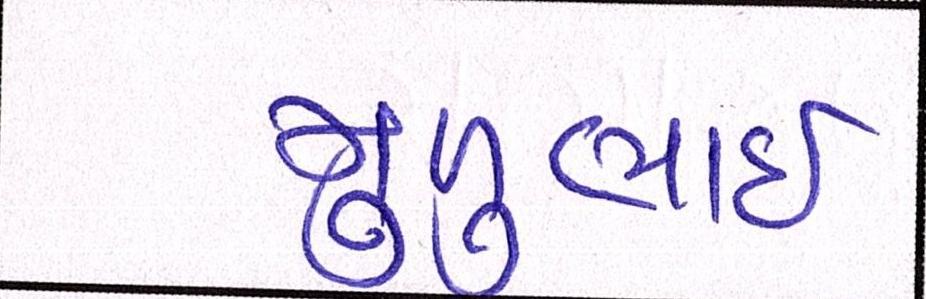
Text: મુળુભાઇ